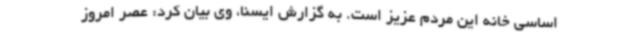
اساسی خانه این مردم عزیز است. به گزارش ایسنا، وی بیان کرد: عصر امروز